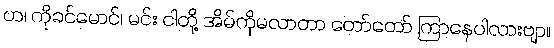
ဟ၊ ကိုခင်မောင်၊ မင်း ငါတို့ အိမ်ကိုမလာတာ တော်တော် ကြာနေပါလားဗျာ။